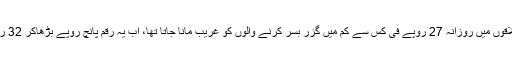
دراصل پہلے دیہی علاقوں میں روزانہ 27 روپے فی کس سے کم میں گزر بسر کرنے والوں کو غریب مانا جاتا تھا، اب یہ رقم پانچ روپے بڑھاکر 32 روپے کر دی گئی ہے۔